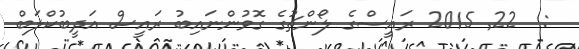
:  22